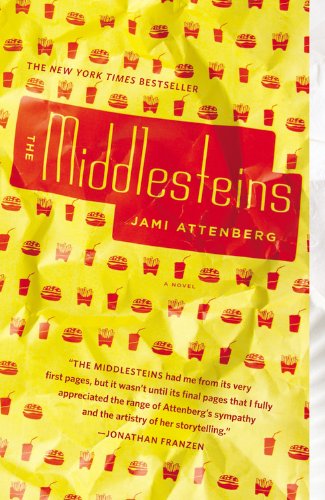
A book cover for The Middlesteins: A Novel; Jami Attenberg; Literature & Fiction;